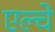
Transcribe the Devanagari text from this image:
एल्चे